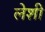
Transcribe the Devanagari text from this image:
लेशी